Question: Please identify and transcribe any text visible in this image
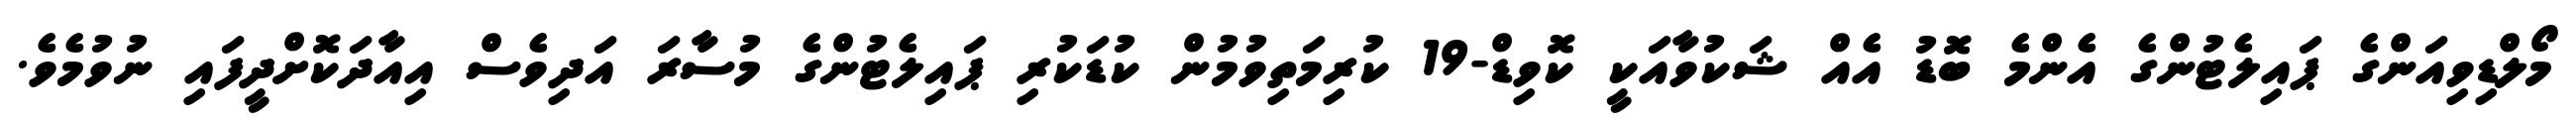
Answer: މޯލްޑިވިއަންގެ ޕައިލެޓުންގެ އެންމެ ބޮޑު އެއް ޝަކުވާއަކީ ކޮވިޑް-19 ކުރިމަތިވުމުން ކުޑަކުރި ޕައިލެޓުންގެ މުސާރަ އަދިވެސް އިއާދަކޮށްދީފައި ނުވުމެވެ.